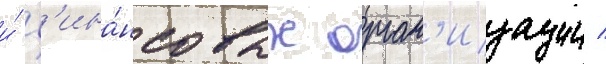
и́ ф'ина́нсовых орган'изации /